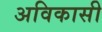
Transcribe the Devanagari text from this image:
अविकासी